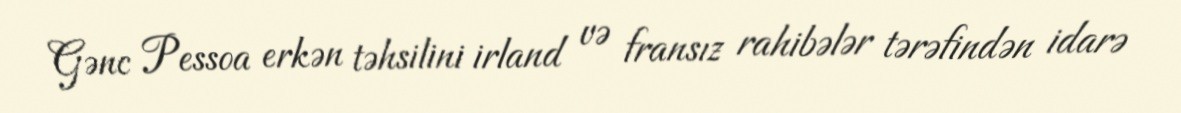
Gənc Pessoa erkən təhsilini irland və fransız rahibələr tərəfindən idarə